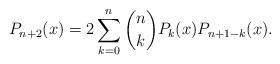
LaTeX: \begin{align*}P_{n+2}(x) = 2 \sum_{k=0}^n {n \choose k} P_k(x) P_{n+1-k}(x).\end{align*}